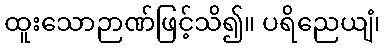
ထူးသောဉာဏ်ဖြင့်သိ၍။ ပရိညေယျံ၊